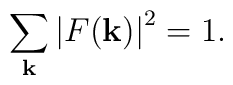
\sum_{\bf k} \left| F({\bf k}) \right|^2 = 1.